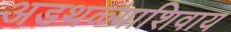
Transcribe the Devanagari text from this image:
अडथळ्याशिवाय